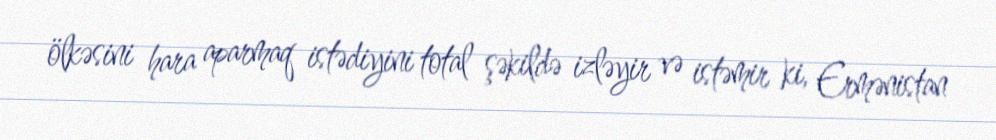
ölkəsini hara aparmaq istədiyini total şəkildə izləyir və istəmir ki, Ermənistan